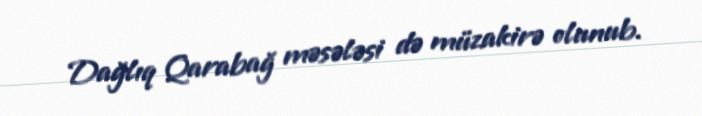
Dağlıq Qarabağ məsələsi də müzakirə olunub.